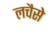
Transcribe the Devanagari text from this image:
लचैसे